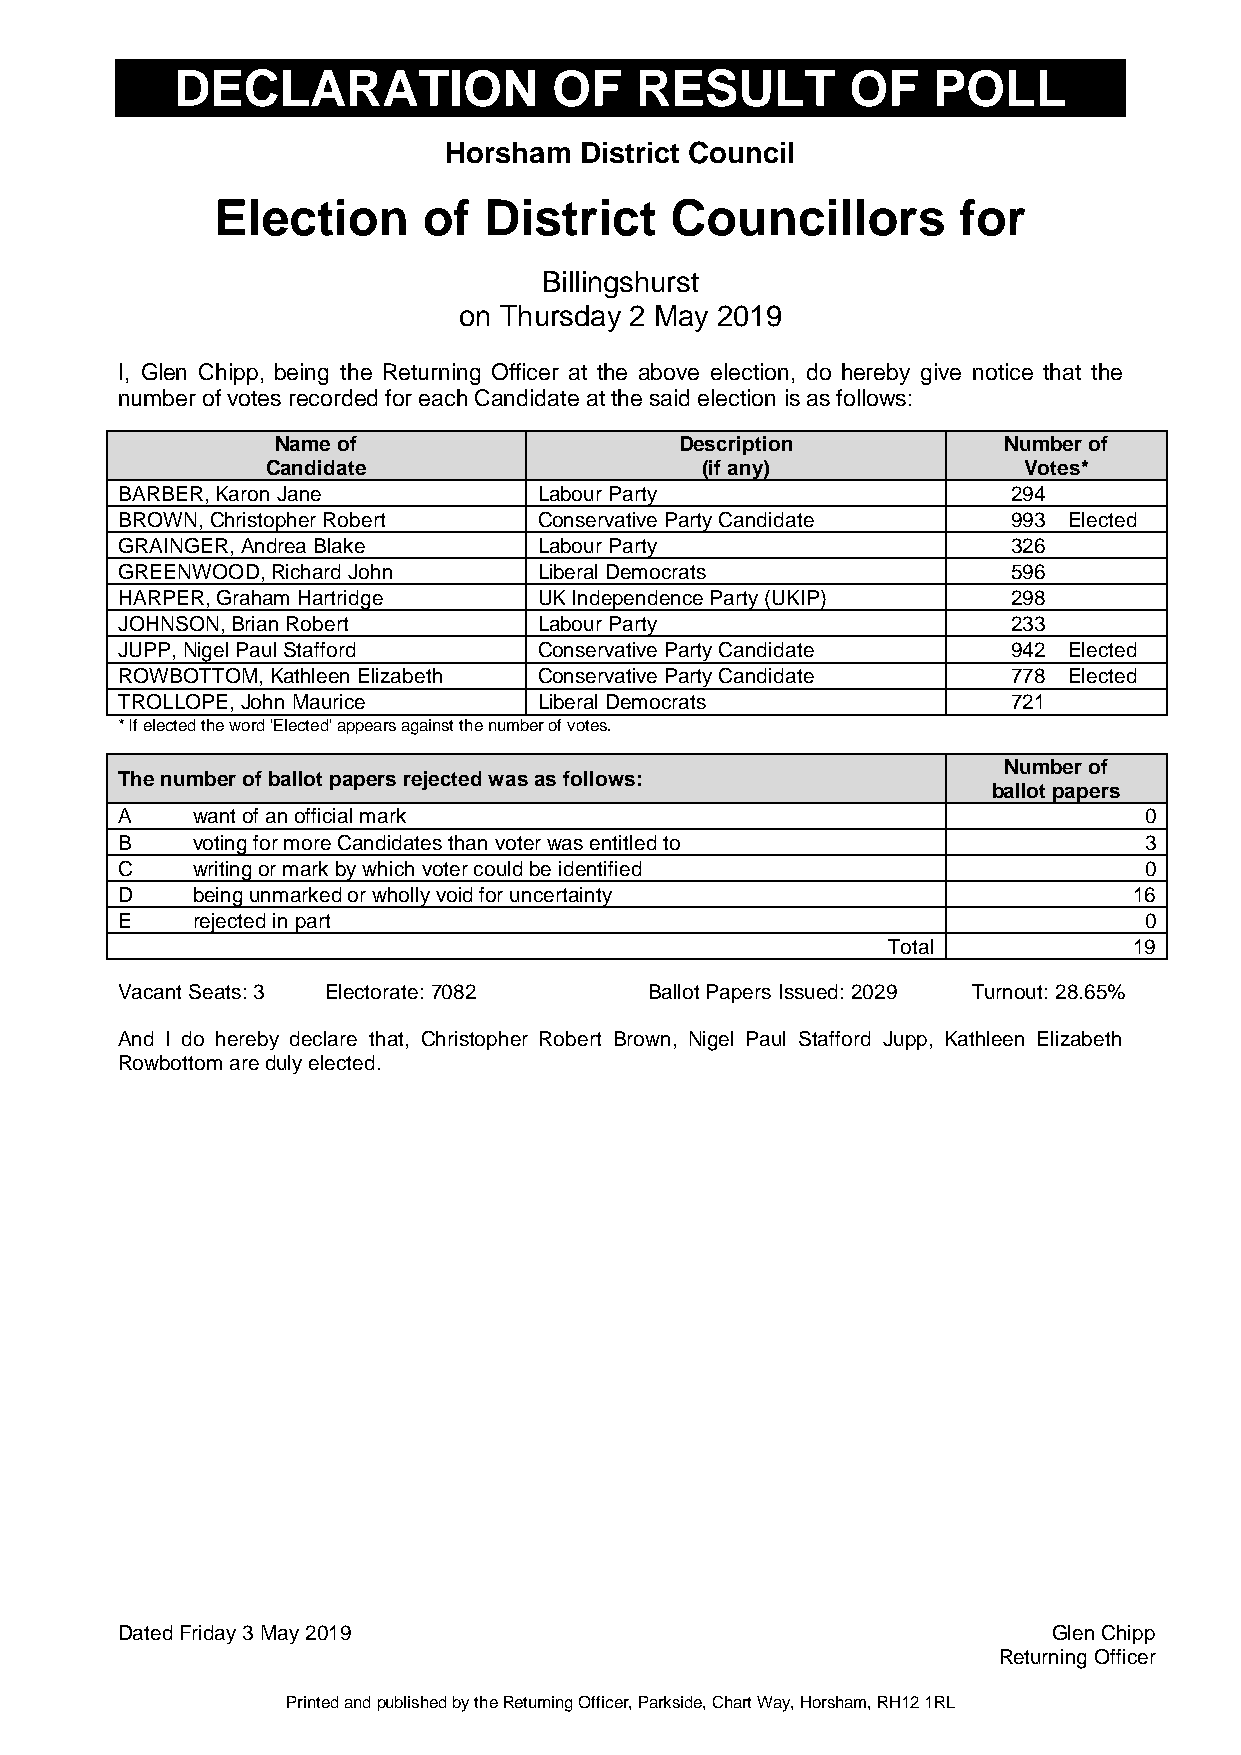
DECLARATION              OF   RESULT        OF    POLL
 Horsham  District Council
 Election      of  District    Councillors        for
 Billingshurst
 on Thursday 2 May 2019
 I, Glen Chipp, being the Returning Officer at the above election, do hereby give notice that the
 number of votes recorded for each Candidate at the said election is as follows:
 Name of                    Description          Number of
 Candidate                   (if any)              Votes*
 BARBER, Karon Jane          Labour Party                   294
 BROWN, Christopher Robert   Conservative Party Candidate   993 Elected
 GRAINGER, Andrea Blake      Labour Party                   326
 GREENWOOD, Richard John     Liberal Democrats              596
 HARPER, Graham Hartridge    UK Independence Party (UKIP)   298
 JOHNSON, Brian Robert       Labour Party                   233
 JUPP, Nigel Paul Stafford   Conservative Party Candidate   942 Elected
 ROWBOTTOM, Kathleen Elizabeth Conservative Party Candidate 778 Elected
 TROLLOPE, John Maurice      Liberal Democrats              721
 * If elected the word 'Elected' appears against the number of votes.
 Number of
 The number of ballot papers rejected was as follows:
 ballot papers
 A    want of an official mark                                       0
 B    voting for more Candidates than voter was entitled to          3
 C    writing or mark by which voter could be identified             0
 D    being unmarked or wholly void for uncertainty                 16
 E    rejected in part                                               0
 Total           19
 Vacant Seats: 3 Electorate: 7082   Ballot Papers Issued: 2029 Turnout: 28.65%
 And I do hereby declare that, Christopher Robert Brown, Nigel Paul Stafford Jupp, Kathleen Elizabeth
 Rowbottom are duly elected.
 Dated Friday 3 May 2019                                       Glen Chipp
 Returning Officer
 Printed and published by the Returning Officer, Parkside, Chart Way, Horsham, RH12 1RL